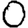
Digit: 0